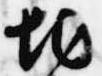
地